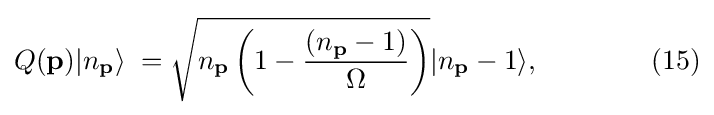
Q(\mathbf {p} )|n_{\mathbf {p} }\rangle \;={\sqrt {n_{\mathbf {p} }\left(1-{(n_{\mathbf {p} }-1) \over \Omega }\right)}}|n_{\mathbf {p} }-1\rangle ,\quad \quad \quad \quad (15)